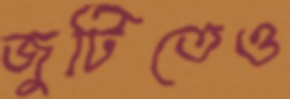
জুটিতেও